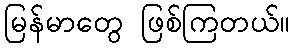
မြန်မာတွေ ဖြစ်ကြတယ်။